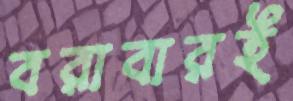
বরাবারই